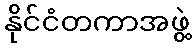
နိုင်ငံတကာအဖွဲ့